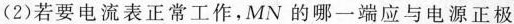
(2)若要电流表正常工作，MN的哪一端应与电源正极